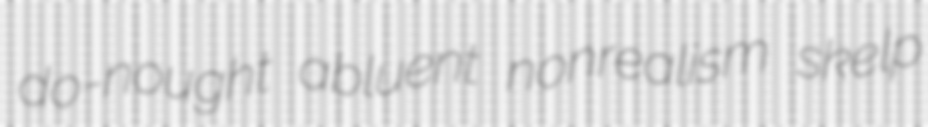
do-nought abluent nonrealism skelp